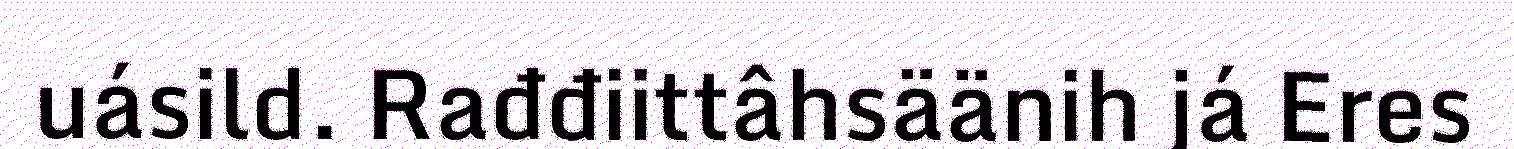
uásild. Rađđiittâhsäänih já Eres